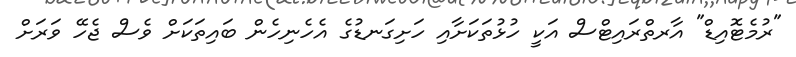
"ރުމެޓޮއިޑް" އާރތްރައިޓްސް އަކީ ހުޅުތަކަށާއި ހަށިގަނޑުގެ އެހެނިހެން ބައިތަަކަށް ވެސް ޖެހޭ ވަރަށް